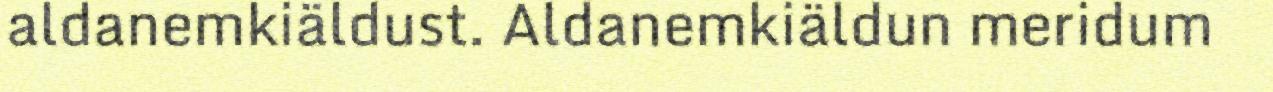
aldanemkiäldust. Aldanemkiäldun meridum